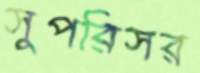
সুপরিসর